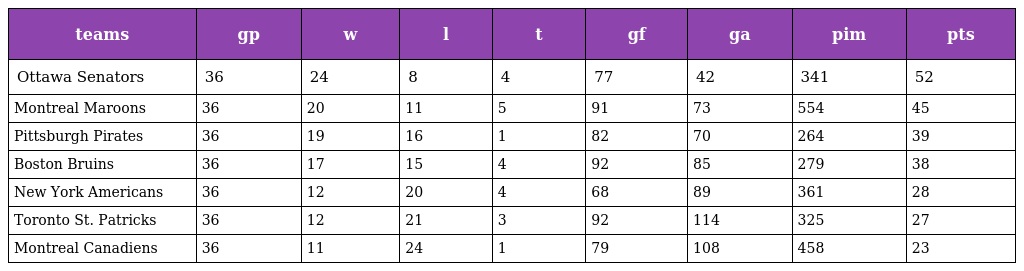
| teams | gp | w | l | t | gf | ga | pim | pts |
 | --- | --- | --- | --- | --- | --- | --- | --- | --- |
 | Ottawa Senators | 36 | 24 | 8 | 4 | 77 | 42 | 341 | 52 |
 | Montreal Maroons | 36 | 20 | 11 | 5 | 91 | 73 | 554 | 45 |
 | Pittsburgh Pirates | 36 | 19 | 16 | 1 | 82 | 70 | 264 | 39 |
 | Boston Bruins | 36 | 17 | 15 | 4 | 92 | 85 | 279 | 38 |
 | New York Americans | 36 | 12 | 20 | 4 | 68 | 89 | 361 | 28 |
 | Toronto St. Patricks | 36 | 12 | 21 | 3 | 92 | 114 | 325 | 27 |
 | Montreal Canadiens | 36 | 11 | 24 | 1 | 79 | 108 | 458 | 23 |